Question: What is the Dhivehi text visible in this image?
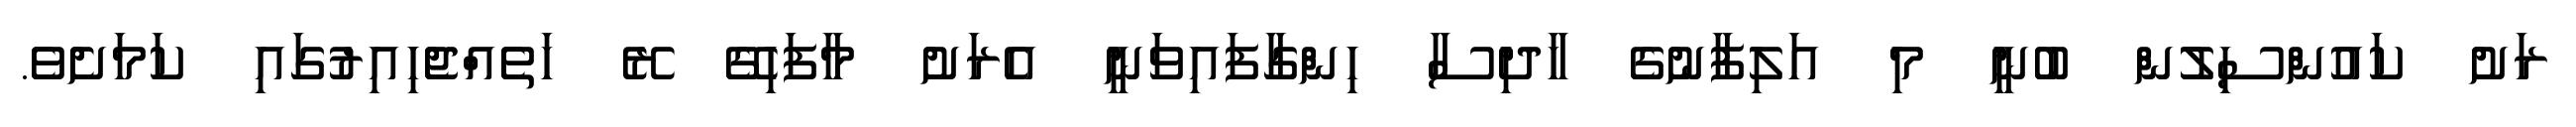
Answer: ރަށު ކައުންސިލުން ބުނީ މި އަލިފާނުގެ ހާދިސާ ހިންގާފައިވަނީ އެރަށު މާފަހިގޭ ރޭ ހަތެއްޖެހިއިރުގައި ކަމަށެވެ.